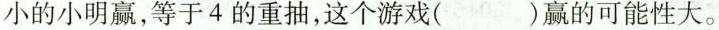
小的小明赢，等于4的重抽，这个游戏( )赢的可能性大。